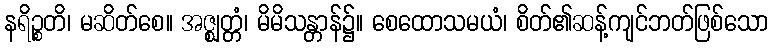
နရိဉ္စတိ၊ မဆိတ်စေ။ အဇ္ဈတ္တံ၊ မိမိသန္တာန်၌။ စေထောသမယံ၊ စိတ်၏ဆန့်ကျင်ဘတ်ဖြစ်သော